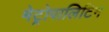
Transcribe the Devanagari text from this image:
मेट्रोपालिटिन